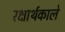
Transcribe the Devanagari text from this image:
रक्षार्थकाले